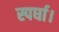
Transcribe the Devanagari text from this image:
स्पर्घा।